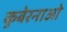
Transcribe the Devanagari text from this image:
कुबेरनाओ